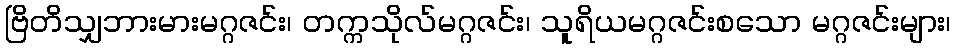
ဗြိတိသျှဘားမားမဂ္ဂဇင်း၊ တက္ကသိုလ်မဂ္ဂဇင်း၊ သူရိယမဂ္ဂဇင်းစသော မဂ္ဂဇင်းများ၊